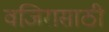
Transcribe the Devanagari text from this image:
वजिरासाठी